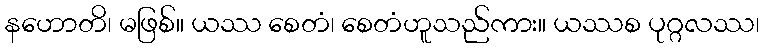
နဟောတိ၊ မဖြစ်။ ယဿ စေတံ၊ စေတံဟူသည်ကား။ ယဿစ ပုဂ္ဂလဿ၊